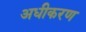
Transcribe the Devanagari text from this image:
अधीकरण